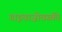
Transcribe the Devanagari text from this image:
गाइवाज़ोवस्की